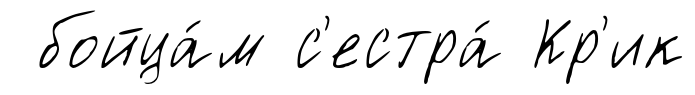
бойца́м с'естра́ Кр'ик